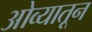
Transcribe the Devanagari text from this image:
ओव्यातून